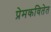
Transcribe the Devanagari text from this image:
प्रेमकवितेत